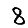
Digit: 8